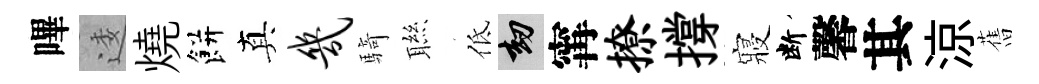
嗶逶燒餅真几騎聮低劫𡩋撩撐寢断馨其涼𦾔